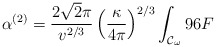
\begin{align*}\alpha^{(2)}=\frac{2\sqrt{2}\pi}{v^{2/3}}\left(\frac{\kappa}{4\pi}\right)^{2/3}\int_{{\cal{C}}_{\omega}}{96F}\end{align*}